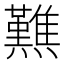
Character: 𤒿